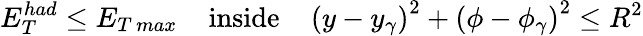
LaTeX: E_{T}^{had}\leq E_{T\, max}\; \; \; \; \mathrm{inside}\; \; \; \; \left(y-y_{\gamma}\right)^{2}+\left(\phi-\phi_{\gamma}\right)^{2}\leq R^{2}